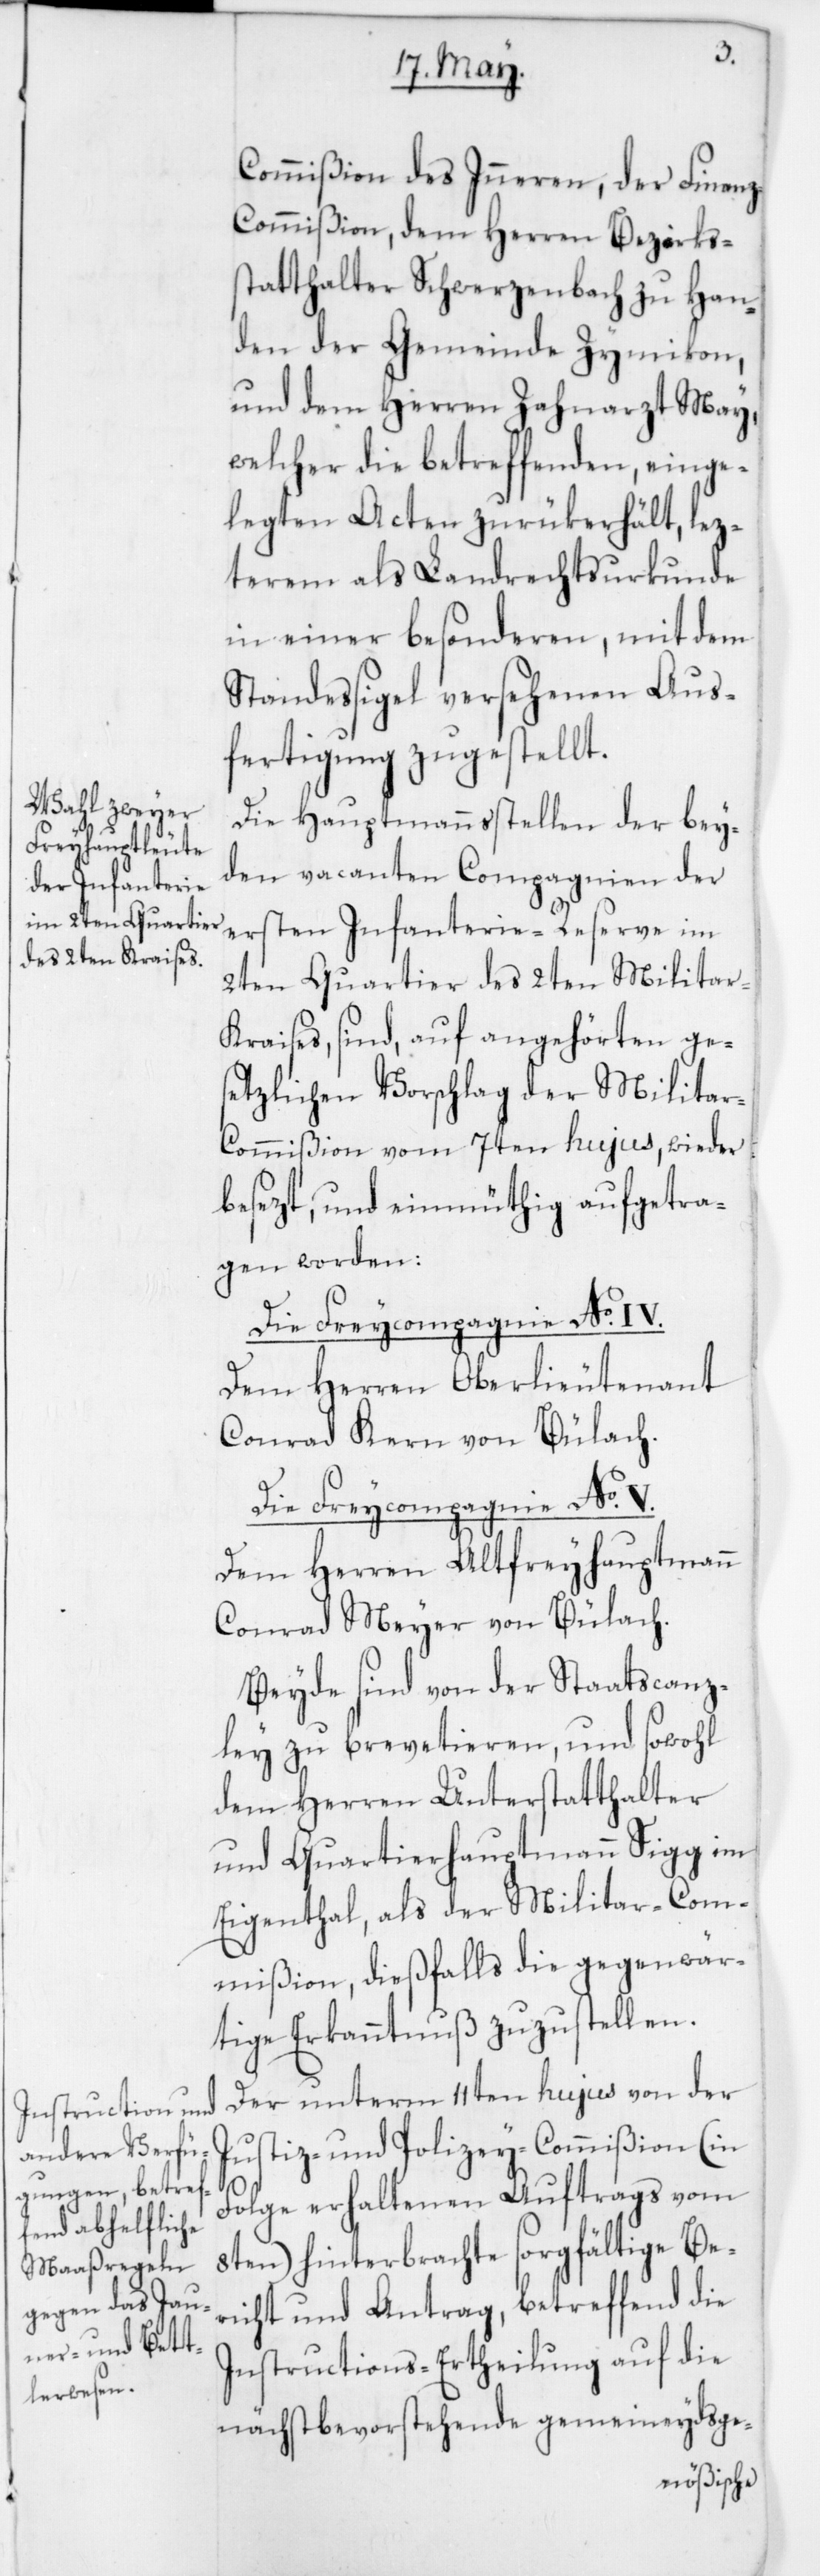
Commißion des Inneren, der Finan¬
z-Commißion, dem Herren Bezirks¬
statthalter Schwerzenbach zu Han¬
den der Gemeinde Zymikon,
und dem Herren Zahnarzt May,
welcher die betreffenden, einge¬
legten Acten zurükerhält, lez¬
terem als Landrechtsurkunde
in einer besonderen, mit dem
Standessigel versehenen Aus¬
fertigung zugestellt.
Die Hauptmannsstellen der bey¬
den vacanten Compagnien der
ersten Infanterie-Reserve im
2ten Quartier des 2ten Militar-K¬
raises, sind, auf angehörten ge¬
setzlichen Vorschlag der Milita¬
r-Commißion vom 7ten hujus, wieder
besezt und einmüthig aufgetra¬
gen worden:
Die Freycompagnie No IV.
Dem Herren Oberlieutenant
Conrad Kern von Bülach.
Die Freycompagnie No V.
Dem Herren Altfreyhauptmann
Conrad Meyer von Bülach.
Beyde sind von der Staatscanz¬
ley zu brevetieren, und sowohl
dem Herren Unterstatthalter
und Quartierhauptmann Sigg im
Eigenthal als der Militar-Com¬
mißion, dießfalls die gegenwär¬
tige Erkanntnuß zuzustellen.
Der unterm 11ten hujus von der
Justiz- und Polizey-Commißion (in
Folge erhaltenen Auftrags vom
8ten) hinterbrachte sorgfältige Be¬
richt und Antrag, betreffend die
Instructions-Ertheilung auf die
nächstbevorstehende gemeineydsge-